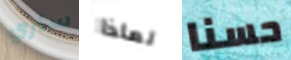
سأري لماذا حسنا